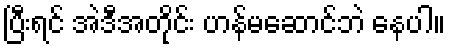
ပြီးရင် အဲဒီအတိုင်း ဟန်မဆောင်ဘဲ နေပါ။